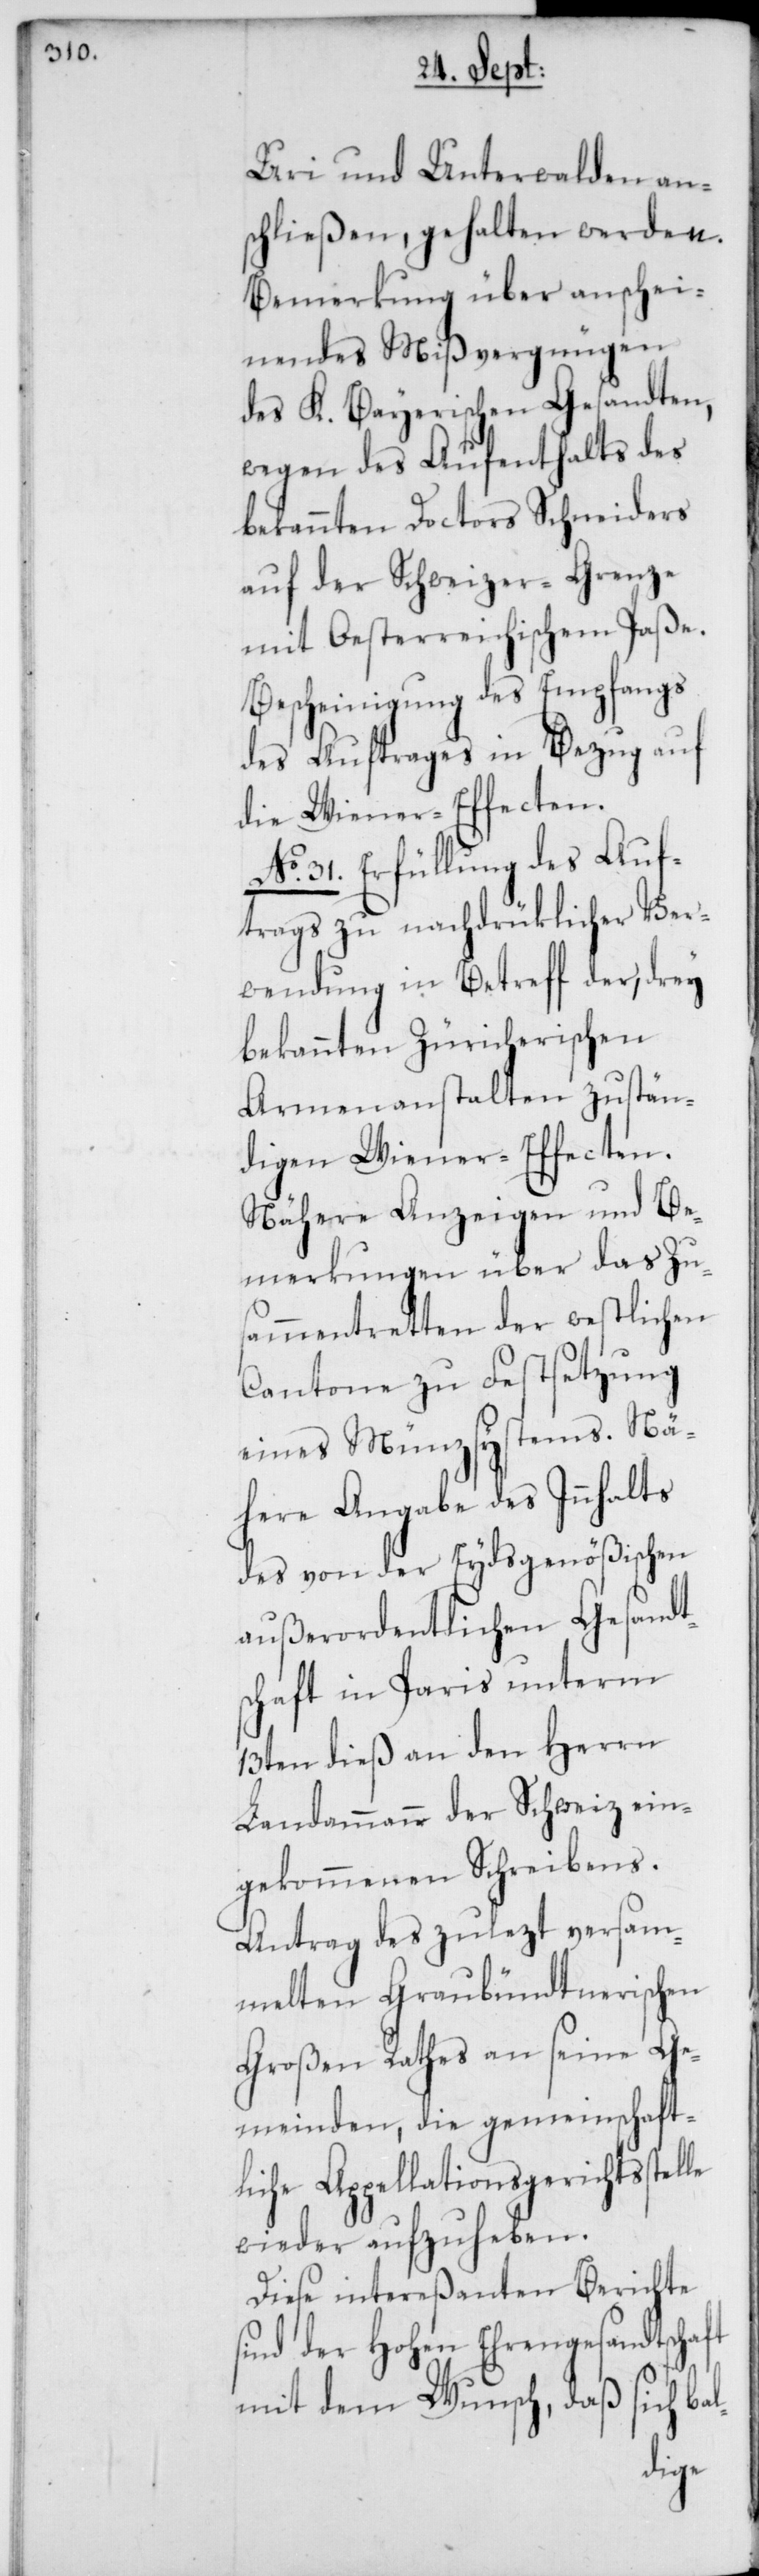
Uri und Unterwalden an¬
schließen, gehalten werden.
Bemerkung über anschei¬
nendes Mißvergnügen
des K. Bayerischen Gesandten,
wegen des Aufenthalts des
bekannten Doctors Schneiders
auf der Schweizer-Grenze
mit Oesterreichischem Paße.
Bescheinigung des Empfangs
des Auftrages in Bezug auf
die Wiener-Effecten.
No. 31. Erfüllung des Auf¬
trags zu nachdrüklicher Ver¬
wendung in Betreff der, drey
bekannten Züricherischen
Armenanstalten zustän¬
digen Wiener-Effecten.
Nähere Anzeigen und Be¬
merkungen über das Zu¬
sammentretten der westlichen
Cantone zu Festsetzung
eines Münzsystems. Nä¬
here Angabe des Innhalts
des von der Eydsgenößischen
außerordentlichen Gesandt¬
schaft in Paris unterm
13ten dieß an den Herrn
Landammann der Schweiz ein¬
gekommenen Schreibens.
Antrag des zulezt versam¬
melten Graubündtnerischen
Großen Rathes an seine Ge¬
meinden, die gemeinschaft¬
liche Appellationsgerichtsstelle
wieder aufzuheben.
Diese intereßanten Berichte
sind der Hohen Ehrengesandtschaft
mit dem Wunsch, daß sich ba¬
l-